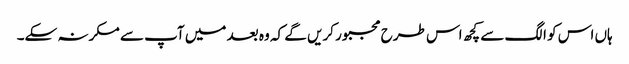
ہاں اس کو الگ سے کچھ اس طرح مجبور کریں گے کہ وہ بعد میں آپ سے مکرنہ سکے۔